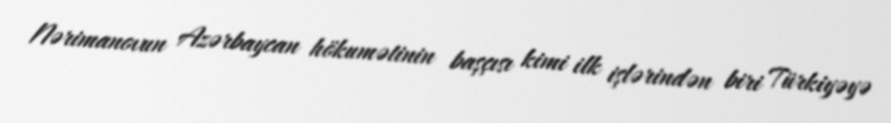
Nərimanovun Azərbaycan hökumətinin başçısı kimi ilk işlərindən biri Türkiyəyə